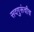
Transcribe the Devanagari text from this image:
सदगुरूंचीच